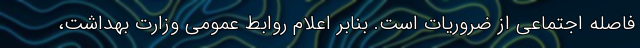
فاصله اجتماعی از ضروریات است. بنابر اعلام روابط عمومی وزارت بهداشت،